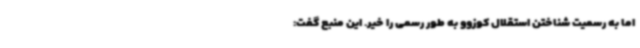
اما به رسمیت شناختن استقلال کوزوو به طور رسمی را خیر. این منبع گفت: